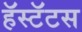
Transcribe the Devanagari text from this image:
हॅस्टॅटस